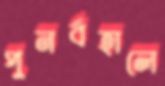
পুনর্বহালে